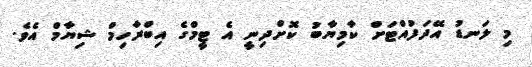
މި ލަނޑު އޭދަފުއްޓަށް ކާމިޔާބު ކޮށްދިނީ އެ ޓީމްގެ އިބްރާހިމް ޝިޔާމް އެވެ.